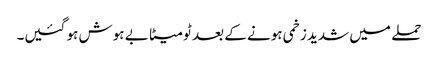
حملے میں شدید زخمی ہونے کے بعد ٹومیٹا بے ہوش ہو گئیں۔